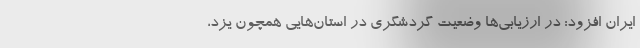
ایران افزود: در ارزیابی‌ها وضعیت گردشگری در استان‌­هایی همچون یزد،